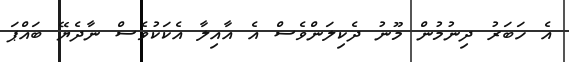
އެ ހަބަރު ދިނުމުން މޫނު ދެކިލަންވެސް އެ އާއިލާ އެކަކުވެސް ނާދެޔޭ ބައްޕަ